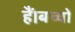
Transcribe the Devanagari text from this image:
हैं।बच्चों